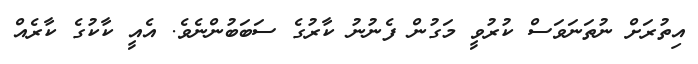
އިތުރަށް ނުތަނަވަސް ކުރުވީ މަގުން ފެނުނު ކާރުގެ ސަބަބުންނެވެ. އެއީ ކާކުގެ ކާރެއް